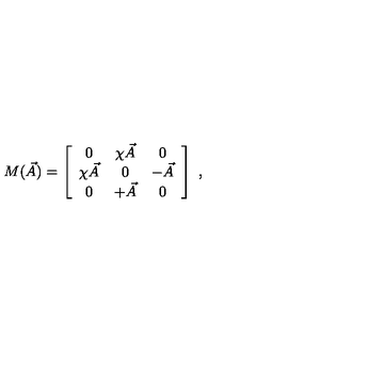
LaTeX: M ( \vec { A } ) = \left[ \begin{array} { c c c } { 0 } & { \chi \vec { A } } & { 0 } \\ { \chi \vec { A } } & { 0 } & { - \vec { A } } \\ { 0 } & { + \vec { A } } & { 0 } \\ \end{array} \right] \ ,